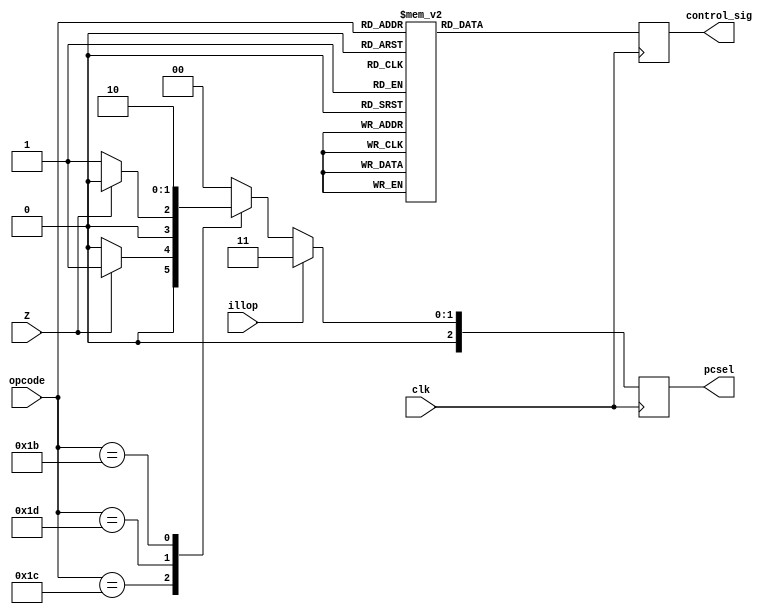
`timescale 1ns / 1ps
module Control_Logic(output reg [12:0]control_sig,
                     output reg [2:0]pcsel,
                     input [5:0]opcode,
                     input clk,Z,illop);

always@(posedge clk)
begin
    case(opcode)
        //-- ADD,ADDC ---//
        6'b100_000 : control_sig = 13'b0000_0_0_0_0_0_0_01_1;
        6'b110_000 : control_sig = 13'b0000_0_1_0_0_0_0_01_1;
        //-- SUB,SUBC ---//
        6'b100_001 : control_sig = 13'b0001_0_0_0_0_0_0_01_1;
        6'b110_001 : control_sig = 13'b0001_0_1_0_0_0_0_01_1;
        //-- AND,ANDC --//
        6'b101_000 : control_sig = 13'b0010_0_0_0_0_0_0_01_1;
        6'b111_000 : control_sig = 13'b0010_0_1_0_0_0_0_01_1;
        //-- OR,ORC--//
        6'b101_001 : control_sig = 13'b0011_0_0_0_0_0_0_01_1;
        6'b111_001 : control_sig = 13'b0011_0_1_0_0_0_0_01_1;
        //--XOR,XORC
        6'b101_010 : control_sig = 13'b0100_0_0_0_0_0_0_01_1;
        6'b111_010 : control_sig = 13'b0100_0_1_0_0_0_0_01_1;
        //--XNOR,XNORC
        6'b101_011 : control_sig = 13'b0101_0_0_0_0_0_0_01_1;
        6'b111_011 : control_sig = 13'b0101_0_1_0_0_0_0_01_1;
        //--CMPEQ,CMPEQC
        6'b100_100 : control_sig = 13'b0110_0_0_0_0_0_0_01_1;
        6'b110_100 : control_sig = 13'b0110_0_1_0_0_0_0_01_1;
        //--CMPLE,CMPLEC
        6'b100_110 : control_sig = 13'b0111_0_0_0_0_0_0_01_1;
        6'b110_110 : control_sig = 13'b0111_0_1_0_0_0_0_01_1;
        //--CMPLT,CMPLTC
        6'b100_101 : control_sig = 13'b1000_0_0_0_0_0_0_01_1;
        6'b110_101 : control_sig = 13'b1000_0_1_0_0_0_0_01_1;
        //--SHL,SHLC
        6'b101_100 : control_sig = 13'b1001_0_0_0_0_0_0_01_1;
        6'b111_100 : control_sig = 13'b1001_0_1_0_0_0_0_01_1;
        //--SHR,SHRC
        6'b101_101 : control_sig = 13'b1010_0_0_0_0_0_0_01_1;
        6'b111_101 : control_sig = 13'b1010_0_1_0_0_0_0_01_1;
        //--SRA,SRAC
        6'b101_110 : control_sig = 13'b1011_0_0_0_0_0_0_01_1;
        6'b111_110 : control_sig = 13'b1011_0_1_0_0_0_0_01_1;
        //--LD
        6'b011_000 : control_sig = 13'b0000_0_1_1_0_0_0_10_1;
        //--ST
        6'b011_001 : control_sig = 13'b0000_0_1_0_1_1_0_XX_0;
        //--JMP
        6'b011_011 : control_sig = 13'bXXXX_X_X_X_0_X_0_00_1;
        //--BEQ
        6'b011_100 : control_sig = 13'bXXXX_X_X_X_0_X_0_00_1;
        //--BNE
        6'b011_101 : control_sig = 13'bXXXX_X_X_X_0_X_0_00_1;
        default:control_sig = 13'bXXXX_X_X_X_0_X_1_00_1;
    endcase
end


always@(posedge clk)
begin
    if(illop)
        begin pcsel = 3'd3; end
    else
        case(opcode)
            6'b011100 : pcsel = Z ? (3'd1) : (3'd0);
            6'b011101 : pcsel = Z ? (3'd0) : (3'd1);
            6'b011011 : pcsel = 3'd2; 
            default : pcsel = 3'd0;
        endcase
end
endmodule